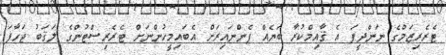
ޓެރެރިޒަމްގެ ނަންދީފަ އެ ޤާއިމްކުރާ ބަޔެއް ފެންނައިރަށް އެބައިމީހުންނަށް ޓެރެރިސްޓުންގެ ލަޤަބު ޖަހާފަ